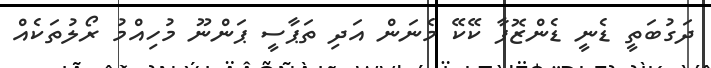
ދަގުބަތީ ޑެނީ ޑެންޒޮފާ ކޭކޭ މެނަން އަދި ތަޕާސީ ޕަންނޫ މުހިއްމު ރޯލުތަކެއް